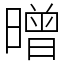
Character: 㬝